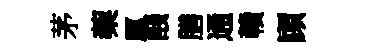
茅蔾厘醆膳通贛頋